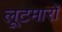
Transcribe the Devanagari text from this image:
लूटमारों